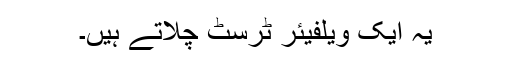
یہ ایک ویلفیئر ٹرسٹ چلاتے ہیں۔